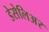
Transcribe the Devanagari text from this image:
डेसेलिअर